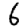
Digit: 6